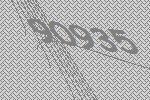
90935